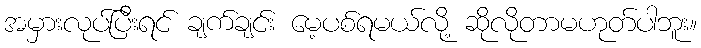
အမှားလုပ်ပြီးရင် ချက်ချင်း မေ့ပစ်ရမယ်လို့ ဆိုလိုတာမဟုတ်ပါဘူး။